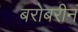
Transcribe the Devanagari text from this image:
बरोबरीनं